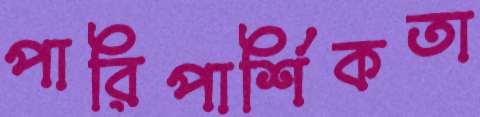
পারিপার্শিকতা